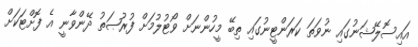
އައިސޮލޭޝަނުގައި ނުވަތަ ކަރަންޓީނުގައި ތިބޭ މީހުންނަށް ވޯޓުލުމަށް ފުރުޞަތު ދޭންވާނީ އެ ފޮށްޓަކަށް